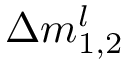
\Delta m _ { 1 , 2 } ^ { l }